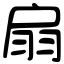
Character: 扇